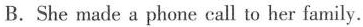
B.She made a phone call to her family.